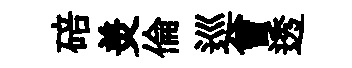
碚羙倫巡曾透